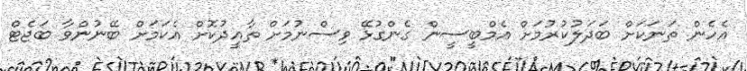
އެހެން ތަނަކަށް ބަދަލުކުރުމަށް އެމްބީސީން ގެންގުޅޭ ވިސްނުމަށް ތާއީދުކޮށް އެކަމަށް ބޭނުންވާ ބަޖެޓް